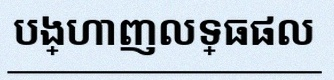
បង្ហាញលទ្ធផល